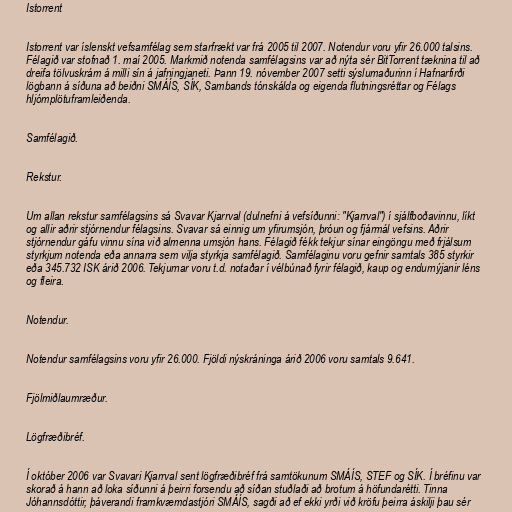
Istorrent

Istorrent var íslenskt vefsamfélag sem starfrækt var frá 2005 til 2007. Notendur voru yfir 26.000 talsins.
Félagið var stofnað 1. maí 2005. Markmið notenda samfélagsins var að nýta sér BitTorrent tæknina til að
dreifa tölvuskrám á milli sín á jafningjaneti. Þann 19. nóvember 2007 setti sýslumaðurinn í Hafnarfirði
lögbann á síðuna að beiðni SMÁÍS, SÍK, Sambands tónskálda og eigenda flutningsréttar og Félags
hljómplötuframleiðenda.

Samfélagið.

Rekstur.

Um allan rekstur samfélagsins sá Svavar Kjarrval (dulnefni á vefsíðunni: "Kjarrval") í sjálfboðavinnu, líkt
og allir aðrir stjórnendur félagsins. Svavar sá einnig um yfirumsjón, þróun og fjármál vefsins. Aðrir
stjórnendur gáfu vinnu sína við almenna umsjón hans. Félagið fékk tekjur sínar eingöngu með frjálsum
styrkjum notenda eða annarra sem vilja styrkja samfélagið. Samfélaginu voru gefnir samtals 385 styrkir
eða 345.732 ISK árið 2006. Tekjurnar voru t.d. notaðar í vélbúnað fyrir félagið, kaup og endurnýjanir léns
og fleira.

Notendur.

Notendur samfélagsins voru yfir 26.000. Fjöldi nýskráninga árið 2006 voru samtals 9.641.

Fjölmiðlaumræður.

Lögfræðibréf.

Í október 2006 var Svavari Kjarrval sent lögfræðibréf frá samtökunum SMÁÍS, STEF og SÍK. Í bréfinu var
skorað á hann að loka síðunni á þeirri forsendu að síðan stuðlaði að brotum á höfundarétti. Tinna
Jóhannsdóttir, þáverandi framkvæmdastjóri SMÁÍS, sagði að ef ekki yrði við kröfu þeirra áskilji þau sér